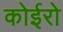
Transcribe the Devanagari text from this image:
कोईरो